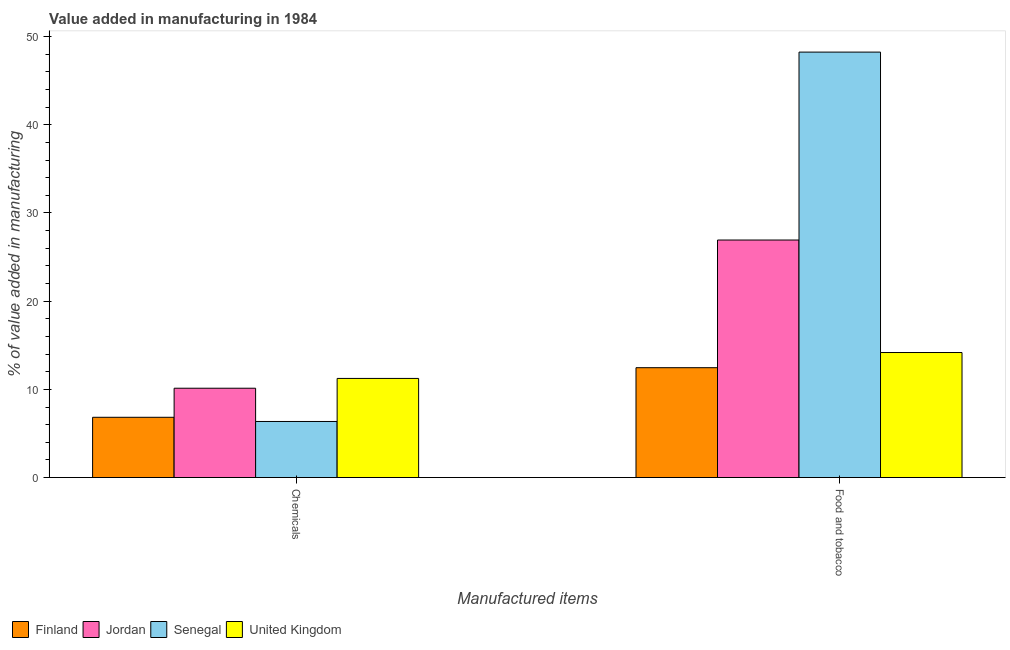
| Manufactured items | Finland | Jordan | Senegal | United Kingdom |
 | --- | --- | --- | --- | --- |
 | Chemicals | 6.83 | 10.1 | 6.36 | 11.2 |
 | Food and tobacco | 12.5 | 26.9 | 48.2 | 14.2 |